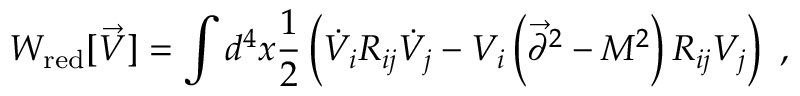
W _ { \mathrm { r e d } } [ \vec { V } ] = \int d ^ { 4 } x { \frac { 1 } { 2 } } \left( \dot { V } _ { i } R _ { i j } \dot { V } _ { j } - V _ { i } \left( \vec { \partial } ^ { 2 } - M ^ { 2 } \right) R _ { i j } V _ { j } \right) ~ ,